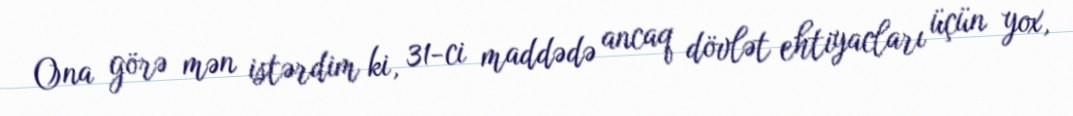
Ona görə mən istərdim ki, 31-ci maddədə ancaq dövlət ehtiyacları üçün yox,